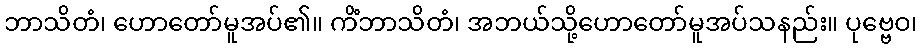
ဘာသိတံ၊ ဟောတော်မူအပ်၏။ ကိံဘာသိတံ၊ အဘယ်သို့ဟောတော်မူအပ်သနည်း။ ပုဗ္ဗေဝ၊